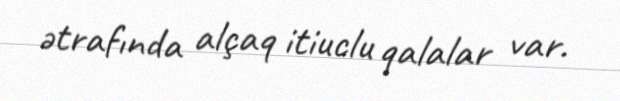
ətrafında alçaq itiuclu qalalar var.